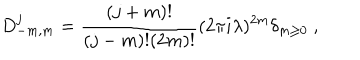
LaTeX: D _ { - m , m } ^ { j } = { \frac { ( j + m ) ! } { ( j - m ) ! ( 2 m ) ! } } ( 2 \pi i \lambda ) ^ { 2 m } \delta _ { m \geq 0 } ~ ,